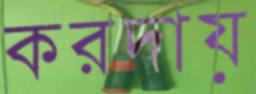
করদায়